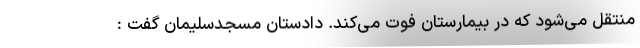
منتقل می‌شود که در بیمارستان فوت می‌کند. دادستان مسجدسلیمان گفت :